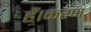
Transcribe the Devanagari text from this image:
हैं।करण